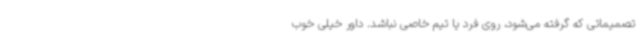
تصمیماتی که گرفته می‌شود، روی فرد یا تیم خاصی نباشد. داور خیلی خوب